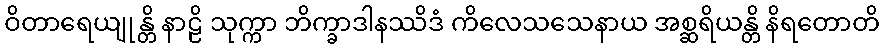
ဝိတာရေယျုန္တိ နာဠိ သုက္ကာ ဘိက္ခာဒါနဿိဒံ ကိလေသသေနာယ အစ္ဆရိယန္တိ နိရတောတိ